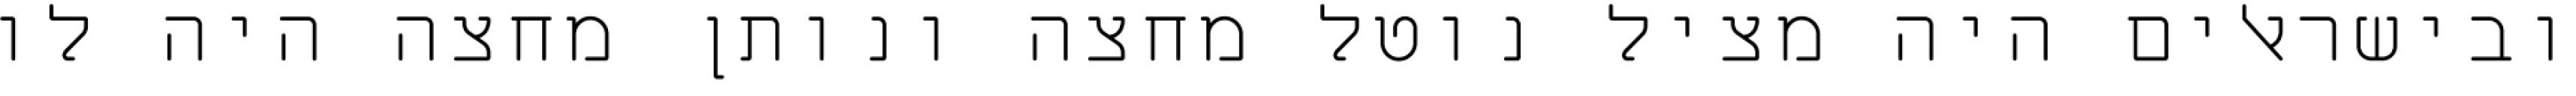
ובישראלים היה מציל נוטל מחצה ונותן מחצה היה לו